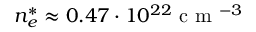
n _ { e } ^ { * } \approx 0 . 4 7 \cdot 1 0 ^ { 2 2 } \mathrm { ~ c ~ m ~ } ^ { - 3 }